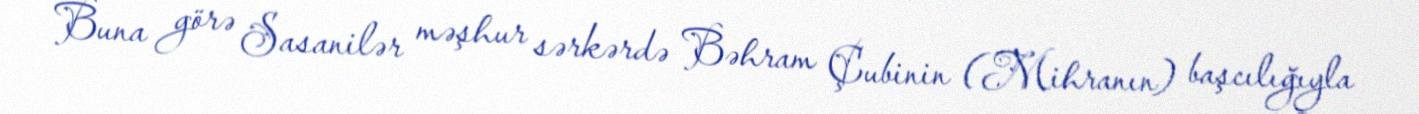
Buna görə Sasanilər məşhur sərkərdə Bəhram Çubinin (Mihranın) başcılığıyla